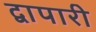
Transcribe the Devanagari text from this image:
द्वापारी